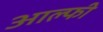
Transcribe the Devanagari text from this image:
आल्फी